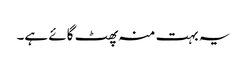
یہ بہت منہ پھٹ گائے ہے۔